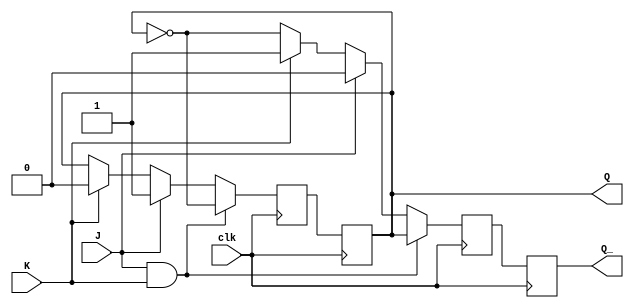
module jk_flip_flop(
    input clk,
    input J,
    input K,
    output reg Q,
    output reg Q_
);

reg D, D_;

always @ (posedge clk) begin
    if(J && K) begin
        D <= ~Q;
        D_ <= Q;
    end
    else if(J) begin
        D <= 1;
        D_ <= 0;
    end
    else if(K) begin
        D <= 0;
        D_ <= 1;
    end
    else begin
        D <= Q;
        D_ <= ~Q;
    end
end

always @ (posedge clk) begin
    Q <= D;
    Q_ <= D_;
end

endmodule